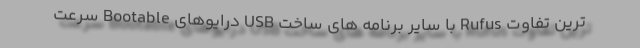
ترین تفاوت Rufus با سایر برنامه های ساخت USB درایوهای Bootable سرعت